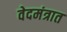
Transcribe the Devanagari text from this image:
वेदमंत्रात